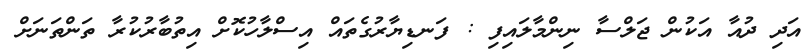
އަދި ދުއާ އަކުން ޖަލްސާ ނިންމާލައިފި : ފަނޑިޔާރުގެތައް އިސްލާހުކޮށް އިތުބާރުކުރާ ތަންތަނަށް